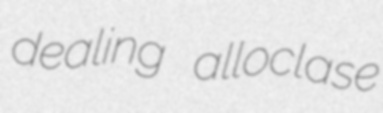
dealing alloclase